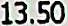
13.50